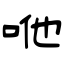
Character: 咃